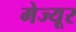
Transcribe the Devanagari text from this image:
मेज्यूर